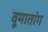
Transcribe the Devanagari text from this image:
वूमातांग